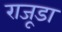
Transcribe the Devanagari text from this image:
राजूडा